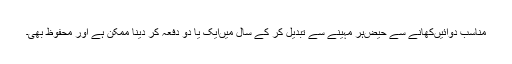
مناسب دوائیں‌کھانے سے حیض‌ہر مہینے سے تبدیل کر کے سال میں‌ایک یا دو دفعہ کر دینا ممکن ہے اور محفوظ بھی۔